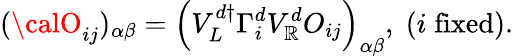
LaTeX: ({\calO}_{ij})_{\alpha\beta}=\left(V_{L}^{d\dagger}\Gamma_{i}^{d}V_{\mathbb{R}}^{d}O_{ij}\right)_{\alpha\beta},\; (i\; \mathrm{{fixed}}).